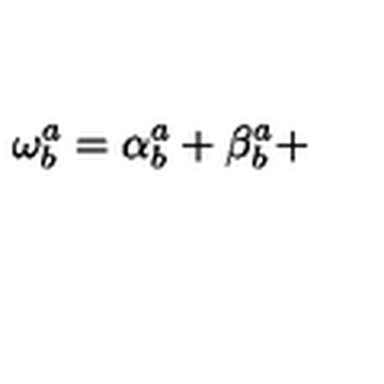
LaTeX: \mathbf { \omega } _ { b } ^ { a } = \mathbf { \alpha } _ { b } ^ { a } + \mathbf { \beta } _ { b } ^ { a } +